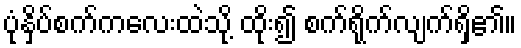
ပုံနှိပ်စက်ကလေးထဲသို့ ထိုး၍ စက်ရိုက်လျက်ရှိ၏။